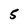
Character: 5